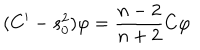
( C ^ { \prime } - s _ { 0 } ^ { 2 } ) \varphi = \frac { n - 2 } { n + 2 } C \varphi